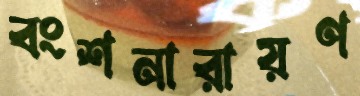
বংশনারায়ণ